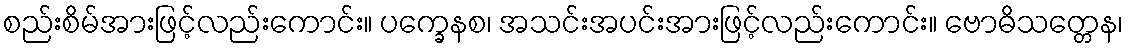
စည်းစိမ်အားဖြင့်လည်းကောင်း။ ပက္ခေနစ၊ အသင်းအပင်းအားဖြင့်လည်းကောင်း။ ဗောဓိသတ္တေန၊